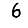
Digit: 6